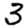
Digit: 3